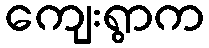
ကျေးရွာက